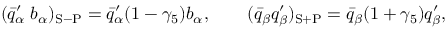
( \bar { q } _ { \alpha } ^ { \prime } \; b _ { \alpha } ) _ { \mathrm { S - P } } = \bar { q } _ { \alpha } ^ { \prime } ( 1 - \gamma _ { 5 } ) b _ { \alpha } , \qquad ( \bar { q } _ { \beta } q _ { \beta } ^ { \prime } ) _ { \mathrm { S + P } } = \bar { q } _ { \beta } ( 1 + \gamma _ { 5 } ) q _ { \beta } ^ { \prime } ,